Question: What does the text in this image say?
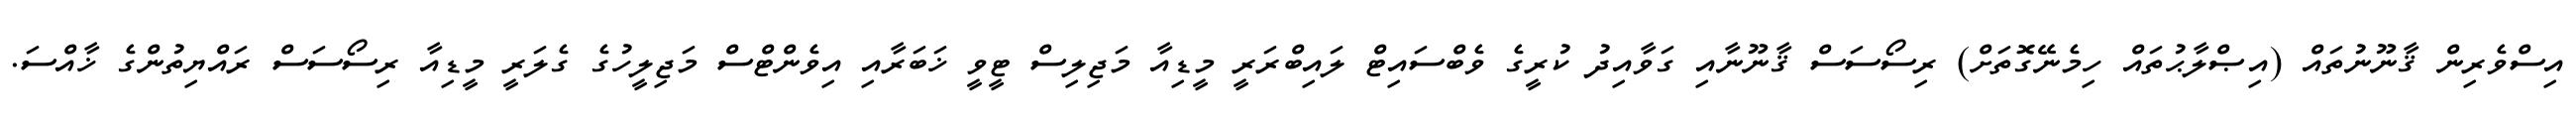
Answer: އިސްވެރިން ޤާނޫނުތައް (އިޞްލާޙުތައް ހިމެނޭގޮތަށް) ރިސޯސަސް ޤާނޫނާއި ގަވާއިދު ކުރީގެ ވެބްސައިޓް ލައިބްރަރީ މީޑިއާ މަޖިލިސް ޓީވީ ޚަބަރާއި އިވެންޓްސް މަޖިލީހުގެ ގެލަރީ މީޑިއާ ރިސޯސަސް ރައްޔިތުންގެ ޚާއްސަ.